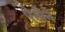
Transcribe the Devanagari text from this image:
पेनीने